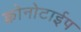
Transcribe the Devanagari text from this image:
क्रोनोटाईप